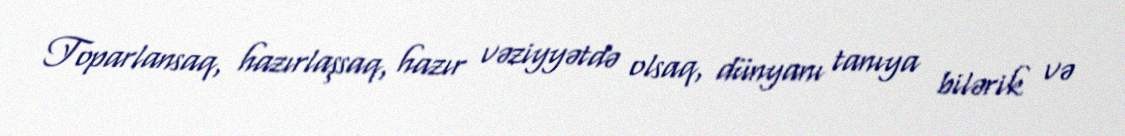
Toparlansaq, hazırlaşsaq, hazır vəziyyətdə olsaq, dünyanı tanıya bilərik və